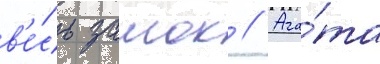
в'е́сь замок // Ага́та